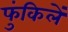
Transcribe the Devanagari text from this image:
फुंकिलें